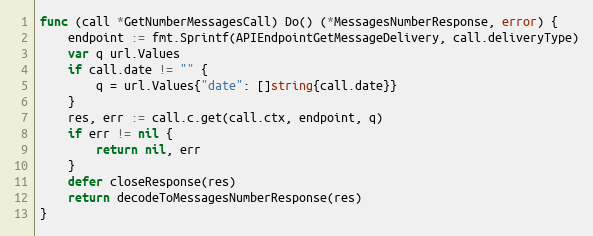
Language: Go
func (call *GetNumberMessagesCall) Do() (*MessagesNumberResponse, error) {
	endpoint := fmt.Sprintf(APIEndpointGetMessageDelivery, call.deliveryType)
	var q url.Values
	if call.date != "" {
		q = url.Values{"date": []string{call.date}}
	}
	res, err := call.c.get(call.ctx, endpoint, q)
	if err != nil {
		return nil, err
	}
	defer closeResponse(res)
	return decodeToMessagesNumberResponse(res)
}